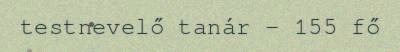
testnevelő tanár – 155 fő